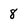
Character: 8